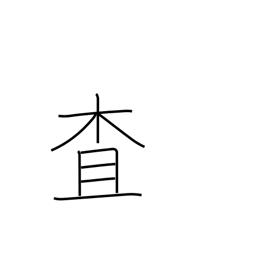
Meaning: investigate